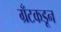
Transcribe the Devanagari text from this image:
ग्रँटकडून